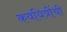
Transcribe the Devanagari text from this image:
कवयित्रींची